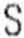
S